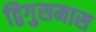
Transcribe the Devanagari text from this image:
द्विगुसमास